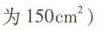
为150cmJ\cdot m^{-2})